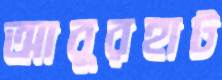
আবুরহাট